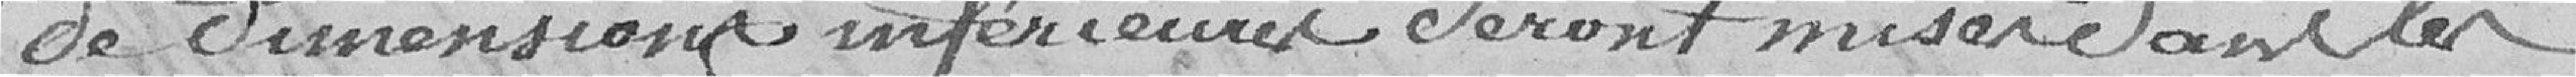
de dimensions inférieures seront mises dans les